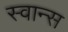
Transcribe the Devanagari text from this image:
स्वान्स